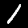
Label: 1